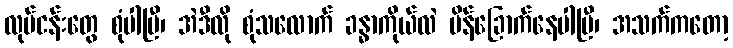
လုပ်ငန်းတွေ စုံပါပြီ၊ အဲဒီလို စုံသလောက် ခန္ဓာကိုယ်လဲ ပိန်ခြောက်နေပါပြီ၊ အသက်ကတော့